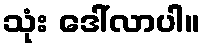
သုံး ဒေါ်လာပါ။